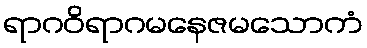
ရာဂဝိရာဂမနေဇမသောကံ